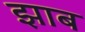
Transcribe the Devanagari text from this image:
झाब